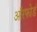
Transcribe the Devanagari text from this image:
ऑरफोर्ड